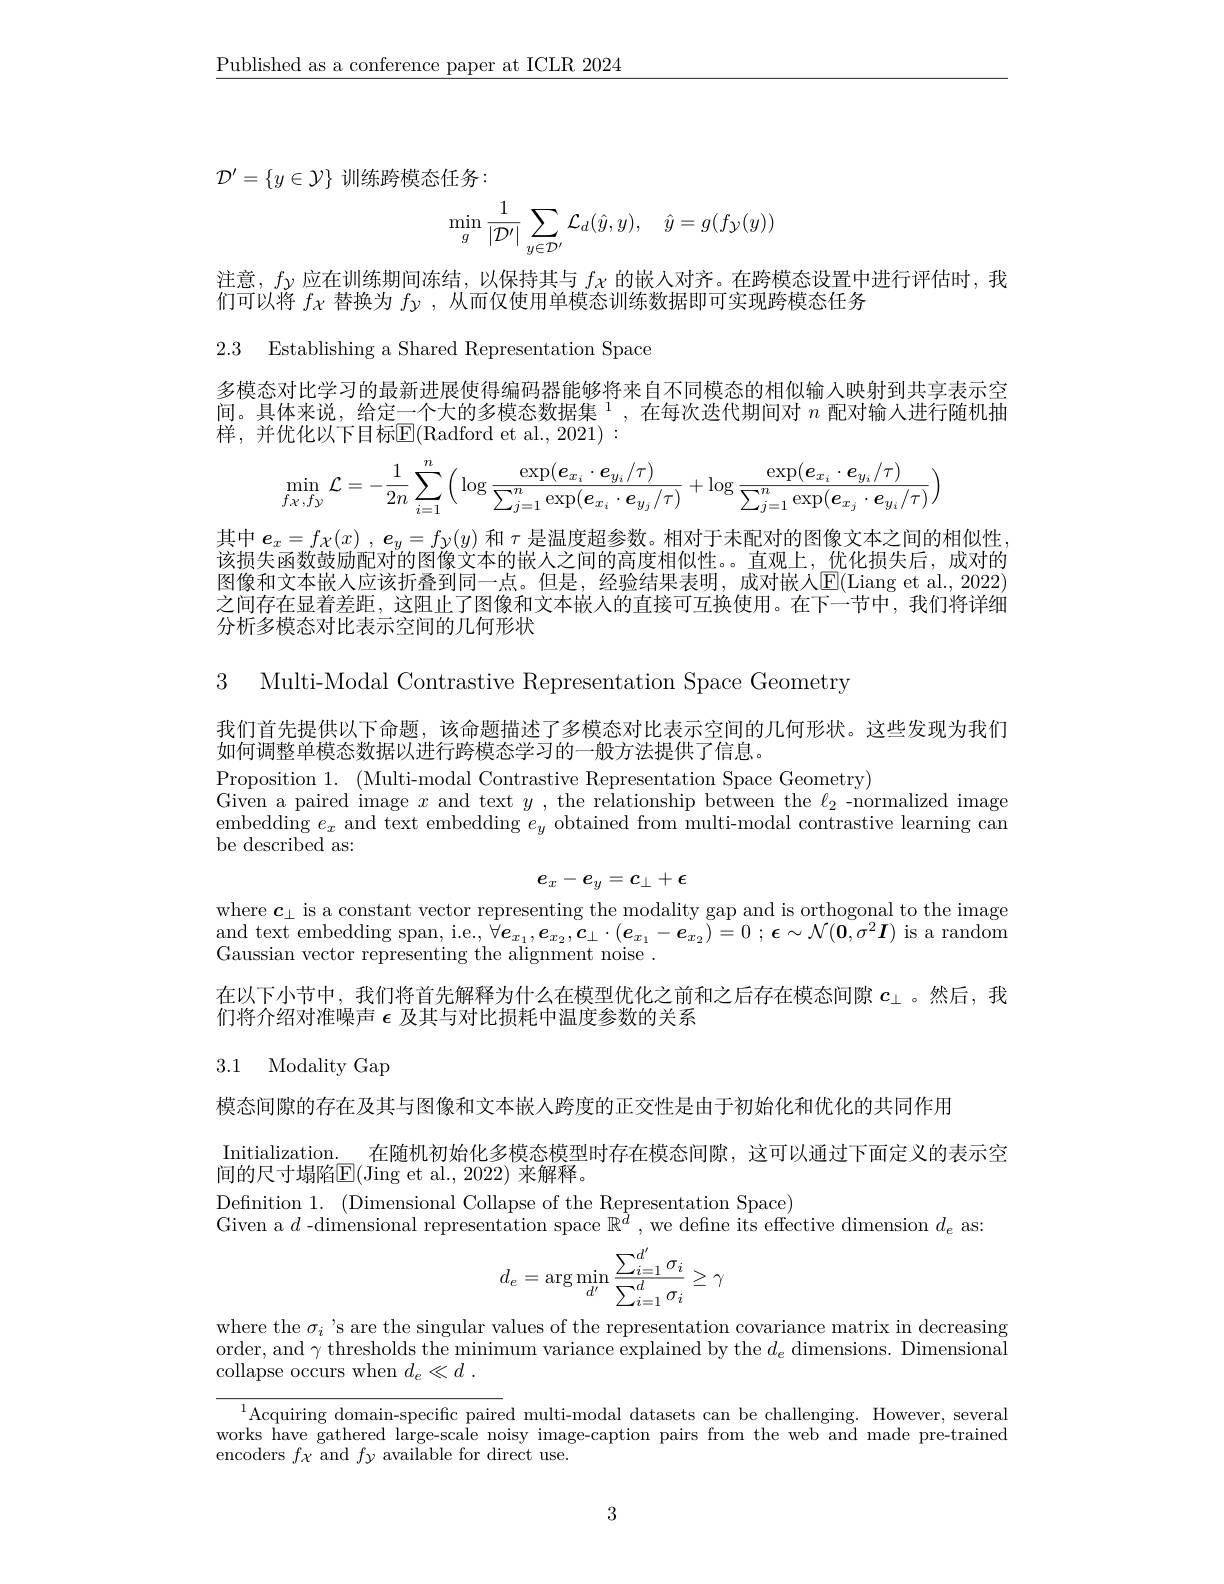
$\underline{\text{Published as a conference paper at ICLR 2024}}$

$\mathcal{D}^{\prime}=\{y\in\mathcal{Y}\}$训练跨模态任务：
$$\min_{g}\frac{1}{|\mathcal{D}'|}\sum_{y\in\mathcal{D}'}\mathcal{L}_{d}(\hat{y},y),\quad\hat{y}=g(f_{\mathcal{Y}}(y))$$
注意，$f_\mathrm{\gamma}$应在训练期间冻结，以保持其与$f_{\mathcal{X}}$的嵌人对齐。在跨模态设置中进行评估时，我
们可以将$f\chi$替换为$f_\mathrm{y}$ ,从而仅使用单模态训练数据即可实现跨模态任务

2.3 Establishing a Shared Representation Space

多模态对比学习的最新进展使得编码器能够将来自不同模态的相似输入映射到共享表示空间。具体来说，给定一个大的多模态数据集$^{1}$,在每次迭代期间对$n$配对输入进行随机抽样，并优化以下目标$\overline{\mathrm{E}}($Radford et al.,2021):
$$\min_{f_{\mathcal{X}},f_{\mathcal{Y}}}\mathcal{L}=-\frac{1}{2n}\sum_{i=1}^{n}\Big(\log\frac{\exp(\boldsymbol{e}_{x_{i}}\cdot\boldsymbol{e}_{y_{i}}/\tau)}{\sum_{j=1}^{n}\exp(\boldsymbol{e}_{x_{i}}\cdot\boldsymbol{e}_{y_{j}}/\tau)}+\log\frac{\exp(\boldsymbol{e}_{x_{i}}\cdot\boldsymbol{e}_{y_{i}}/\tau)}{\sum_{j=1}^{n}\exp(\boldsymbol{e}_{x_{j}}\cdot\boldsymbol{e}_{y_{i}}/\tau)}\Big)$$
其中$\boldsymbol{e}_x= f\chi ( x)$ , $e_y= f\chi ( y)$和$\tau$是温度超参数。相对于未配对的图像文本之间的相似性， 该损失函数鼓励配对的图像文本的嵌人之间的高度相似性。。直观上，优化损失后，成对的图像和文本嵌人应该折叠到同一点。但是，经验结果表明，成对嵌人E(Liang et al.,2022) 之间存在显着差距，这阻止了图像和文本嵌人的直接可互换使用。在下一节中，我们将详细分析多模态对比表示空间的几何形状

3 Multi-Modal Contrastive Representation Space Geometry

我们首先提供以下命题，该命题描述了多模态对比表示空间的几何形状。这些发现为我们
如何调整单模态数据以进行跨模态学习的一般方法提供了信息。
Proposition 1. (Multi-modal Contrastive Representation Space Geometry)
Given a paired image $x$ and text $y$, the relationship between the $\ell_2$ -normalized image embedding $e_x$ and text embedding $e_y$ obtained from multi-modal contrastive learning can be described as:
$$e_x-e_y=c_\perp+\epsilon $$
where $\boldsymbol{c}_\perp$ is a constant vector representing the modality gap and is orthogonal to the image $\underset {\mathrm{C} }{\operatorname* { \operatorname* { \operatorname* { and text embedding span, i. e. , } } } }\tilde{\forall } \boldsymbol{e}_{x_1}, \boldsymbol{e}_{x_2}, \boldsymbol{c}_{\perp }\cdot ( \boldsymbol{e}_{x_1}- \boldsymbol{e}_{x_2}) = 0$ ; $\epsilon \sim \mathcal{N} ( \boldsymbol{0}, \sigma ^2\boldsymbol{I})$ is a random Gaussian vector representing the alignment noise.

在以下小节中，我们将首先解释为什么在模型优化之前和之后存在模态间隙$c_\perp$。然后，我
们将介绍对准噪声$\epsilon$及其与对比损耗中温度参数的关系

# 3.1 Modality Gap

模态间隙的存在及其与图像和文本嵌人跨度的正交性是由于初始化和优化的共同作用
Initialization. 在随机初始化多模态模型时存在模态间隙，这可以通过下面定义的表示空
间的尺寸塌陷E(Jing et al., 2022) 来解释。
Definition 1. (Dimensional Collapse of the Representation Space)

Given a $d$ -dimensional representation space $\mathbb{R}^d$, we defne its effective dimension $d_e$ as:
$$d_e=\arg\min_{d'}\frac{\sum_{i=1}^{d'}\sigma_i}{\sum_{i=1}^{d}\sigma_i}\ge\gamma $$
where the $\sigma_i$ 's are the singular values of the representation covariance matrix in decreasing order, and $\gamma$ thresholds the minimum variance explained by the $d_e$ dimensions. Dimensional collapse occurs when $d_e\ll d~.$

$^{1}$Acquiring domain-specific paired multi-modal datasets can be challenging. However, several works have gathered large-scale noisy image-caption pairs from the web and made pre-trained encoders $f\chi$ and $fy$ available for direct use.

3